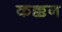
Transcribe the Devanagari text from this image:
कक्कन